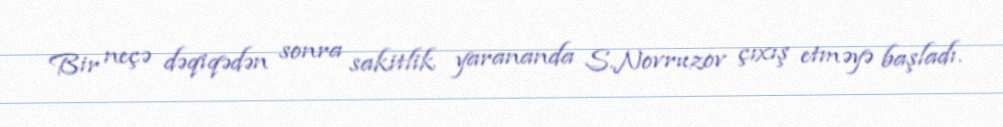
Bir neçə dəqiqədən sonra sakitlik yarananda S.Novruzov çıxış etməyə başladı.